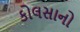
કોલસાનો